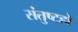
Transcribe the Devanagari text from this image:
संतुष्टहो